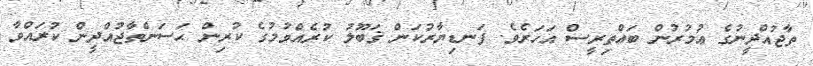
ތާޖުއްދީނުގެ ޢުމުރުން ބައްތިރީސް އަހަރެވެ. ފަނޑިޔާރުކަން ޤަބޫލު ކުރެއްވުމުގެ ކުރިން ޙަސަންތާޖުއްދީން ކުރައްވާ